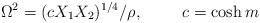
LaTeX: \begin{align*}\Omega^2 = ( c X_1 X_2 )^{1/4} / \rho, \hspace{1cm} c = \cosh m\end{align*}